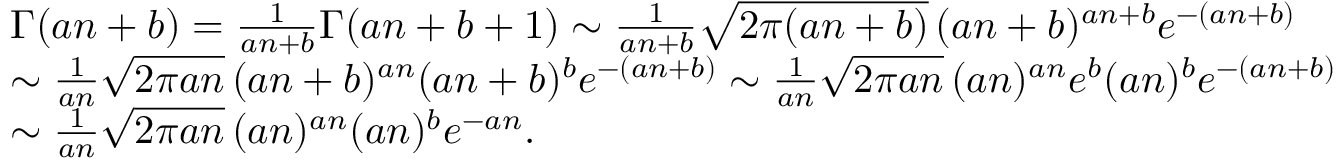
\begin{array} { r l } & { \Gamma ( a n + b ) = \frac { 1 } { a n + b } \Gamma ( a n + b + 1 ) \sim \frac { 1 } { a n + b } \sqrt { 2 \pi ( a n + b ) } \, ( a n + b ) ^ { a n + b } e ^ { - ( a n + b ) } } \\ & { \sim \frac { 1 } { a n } \sqrt { 2 \pi a n } \, ( a n + b ) ^ { a n } ( a n + b ) ^ { b } e ^ { - ( a n + b ) } \sim \frac { 1 } { a n } \sqrt { 2 \pi a n } \, ( a n ) ^ { a n } e ^ { b } ( a n ) ^ { b } e ^ { - ( a n + b ) } } \\ & { \sim \frac { 1 } { a n } \sqrt { 2 \pi a n } \, ( a n ) ^ { a n } ( a n ) ^ { b } e ^ { - a n } . } \end{array}